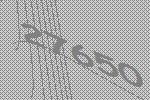
27650